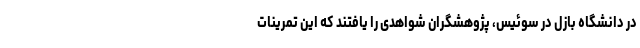
در دانشگاه بازل در سوئیس، پژوهشگران شواهدی را یافتند که این تمرینات